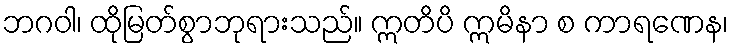
ဘဂဝါ၊ ထိုမြတ်စွာဘုရားသည်။ ဣတိပိ ဣမိနာ စ ကာရဏေန၊